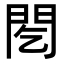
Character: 䦍